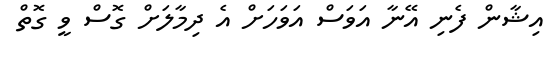
އިޝާން ފެނި އޭނާ އަވަސް އަވަހަށް އެ ދިމާލަށް ގޮސް ވީ ގޮތް